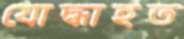
যোদ্ধাহত